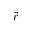
\vec { r }